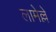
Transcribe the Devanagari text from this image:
लामेल्ले